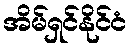
အိမ်ရှင်နိုင်ငံ